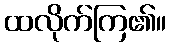
ထလိုက်ကြ၏။